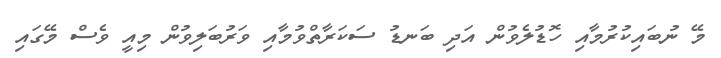
މޭ ނުބައިކުރުމާއި ހޮޑުލެވުން އަދި ބަނޑު ސަކަރާތްވުމާއި ވަރުބަލިވުން މިއީ ވެސް މޭގައި